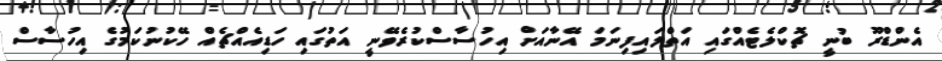
އެންޑްރޫ ބުނީ ޗޮކްލެޓެއްގައި އަތްލައިފިނަމަ އޭނާއަށް އިހުސާސްކުރެވޭނީ އަތުގައި ހަޑިއެއްޗެއް ހޭކުނުކަމުގެ އިހުސާސް